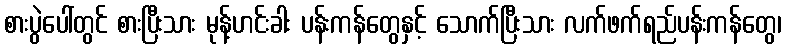
စားပွဲပေါ်တွင် စားပြီးသား မုန့်ဟင်းခါး ပန်းကန်တွေနှင့် သောက်ပြီးသား လက်ဖက်ရည်ပန်းကန်တွေ၊